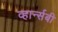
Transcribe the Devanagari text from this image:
व्हार्न्सबी